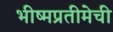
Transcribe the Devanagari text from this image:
भीष्मप्रतीमेची